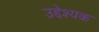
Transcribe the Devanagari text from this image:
उद्देश्यक